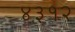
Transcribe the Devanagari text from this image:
४३१२